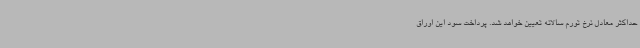
حداکثر معادل نرخ تورم سالانه تعیین خواهد شد. پرداخت سود این اوراق